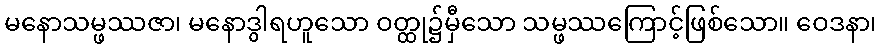
မနောသမ္ဖဿဇာ၊ မနောဒွါရဟူသော ဝတ္ထု၌မှီသော သမ္ဖဿကြောင့်ဖြစ်သော။ ဝေဒနာ၊